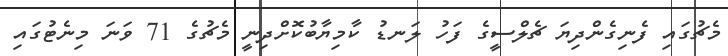
މެޗުގައި ފެނިގެންދިޔަ ޗެލްސީގެ ފަހު ލަނޑު ކާމިޔާބުކޮށްދިނީ މެޗުގެ 71 ވަނަ މިނެޓުގައި